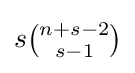
s{\tbinom {n+s-2}{s-1}}